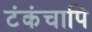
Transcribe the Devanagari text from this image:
टंकंचापि